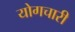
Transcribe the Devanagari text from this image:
योगचारी